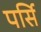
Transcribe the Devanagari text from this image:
पर्सि